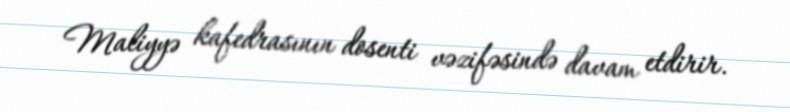
Maliyyə kafedrasının dosenti vəzifəsində davam etdirir.